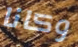
وكانا